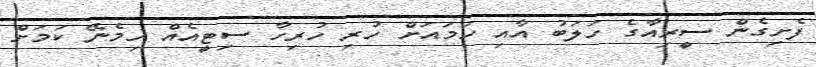
ފެށިގެން ސީރިއާގެ ހަލަބު އާއި ހަމައަށް ހުރި ހުރިހާ ސިޓީއެއް ހިމެނޭ ކަމަށް